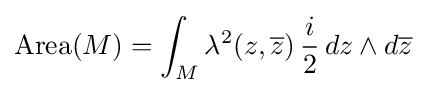
{\text{Area}}(M)=\int _{M}\lambda ^{2}(z,{\overline {z}})\,{\frac {i}{2}}\,dz\wedge d{\overline {z}}